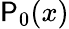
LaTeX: \mathsf{P}_{0}(x)